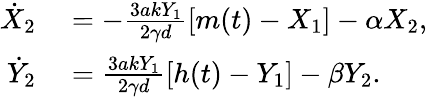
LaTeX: \begin{array}{rl}{\dot{X}_{2}}&{{}=-\frac{3akY_{1}}{2\gamma d}\left[m(t)-X_{1}\right]-\alpha X_{2},}\\ {\dot{Y}_{2}}&{{}=\frac{3akY_{1}}{2\gamma d}\left[h(t)-Y_{1}\right]-\beta Y_{2}.}\end{array}